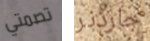
تصمتي جاردنر